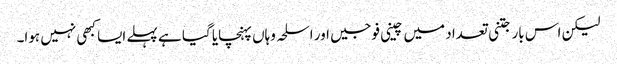
لیکن اس بار جتنی تعداد میں چینی فوجیں اور اسلحہ وہاں پہنچایا گیا ہے پہلے ایسا کبھی نہیں ہوا۔